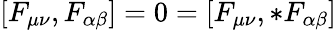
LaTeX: [F_{\mu\nu},F_{\alpha\beta}]=0=[F_{\mu\nu},{*}F_{\alpha\beta}]